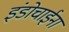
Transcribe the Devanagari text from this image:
इंडोचाईना